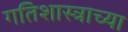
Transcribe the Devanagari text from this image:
गतिशास्त्राच्या